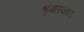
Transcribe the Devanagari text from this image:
श्रृंगारकाल